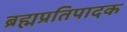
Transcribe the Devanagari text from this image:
ब्रह्मप्रतिपादक